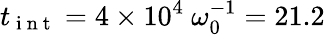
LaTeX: t_{\mathrm{~i~n~t~}}=4\times 10^{4}\ \omega_{0}^{-1}=21.2